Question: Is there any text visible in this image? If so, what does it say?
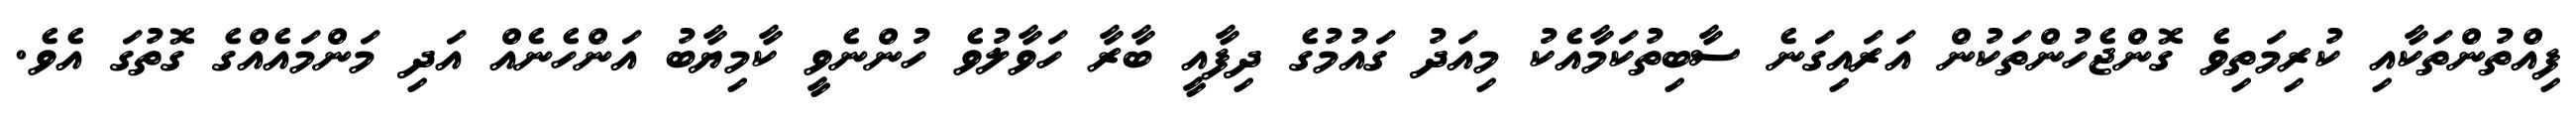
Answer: ފިއްތުންތަކާއި ކުރިމަތިވެ ގޮންޖެހުންތަކުން އަރައިގަނެ ސާބިތުކަމާއެކު މިއަދު ގައުމުގެ ދިފާއީ ބާރާ ހަވާލުވެ ހުންނެވީ ކާމިޔާބު އަންހެނެއް އަދި މަންމައެއްގެ ގޮތުގަ އެވެ.